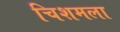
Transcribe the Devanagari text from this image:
चिशमला